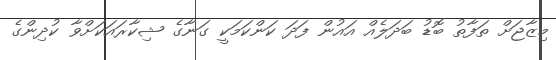
މިޒާޖަށް ތަފާތު ބޮޑު ބަދަލެއް އައުން ފަދަ ކަންކަމަކީ ގަނާގެ ޝިކާރައަކަށްވާ ކުދިންގެ